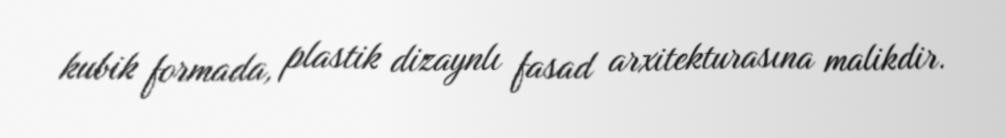
kubik formada, plastik dizaynlı fasad arxitekturasına malikdir.